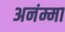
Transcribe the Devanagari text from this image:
अनंम्मा